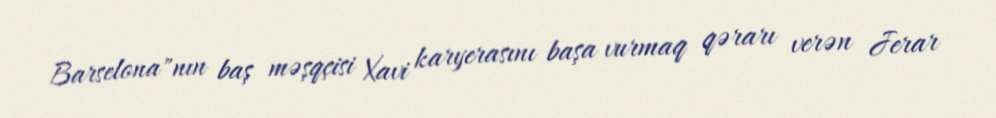
Barselona"nın baş məşqçisi Xavi karyerasını başa vurmaq qərarı verən Jerar